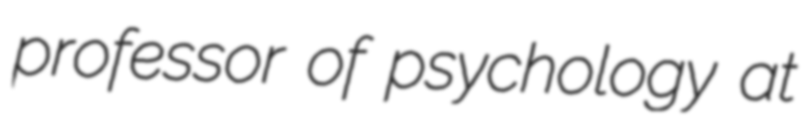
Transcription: professor of psychology at